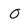
Character: O